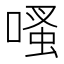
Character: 𠹏